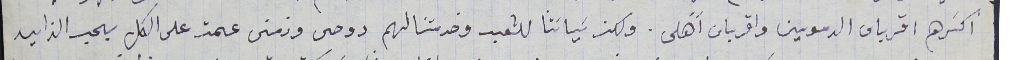
اكثرهم اقرباى الدموين واقرباى اًهلى. ولكن سَياسَتنا للشعب وخدمتنا لهم روحى وزمنى عمت على الكل بحب الزايد